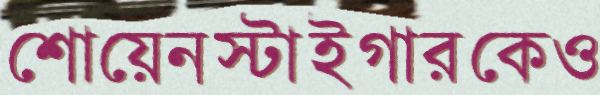
শোয়েনস্টাইগারকেও